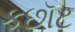
કછૉટ